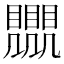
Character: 𧢛